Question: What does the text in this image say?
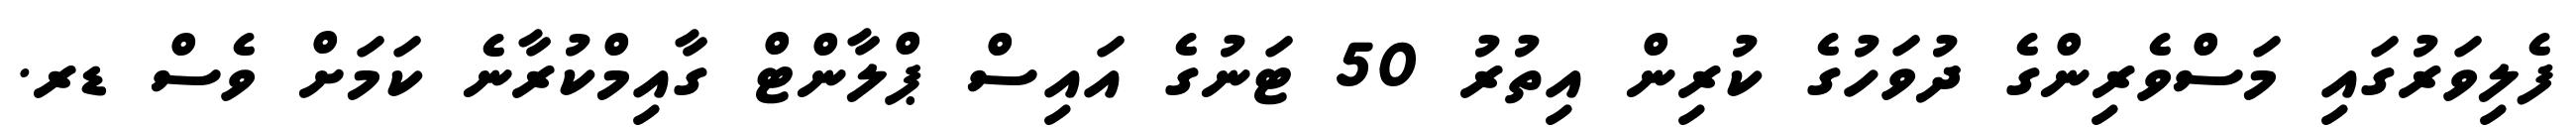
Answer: ފެލިވަރުގައި މަސްވެރިންގެ ދުވަހުގެ ކުރިން އިތުރު 50 ޓަނުގެ އައިސް ޕްލާންޓް ގާއިމްކުރާނެ ކަމަށް ވެސް ޑރ.